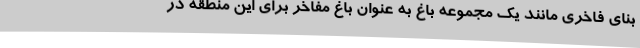
بنای فاخری مانند یک مجموعه باغ به عنوان باغ مفاخر برای این منطقه در